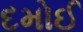
દમોઈ